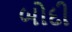
બોદી